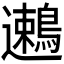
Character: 𬩯